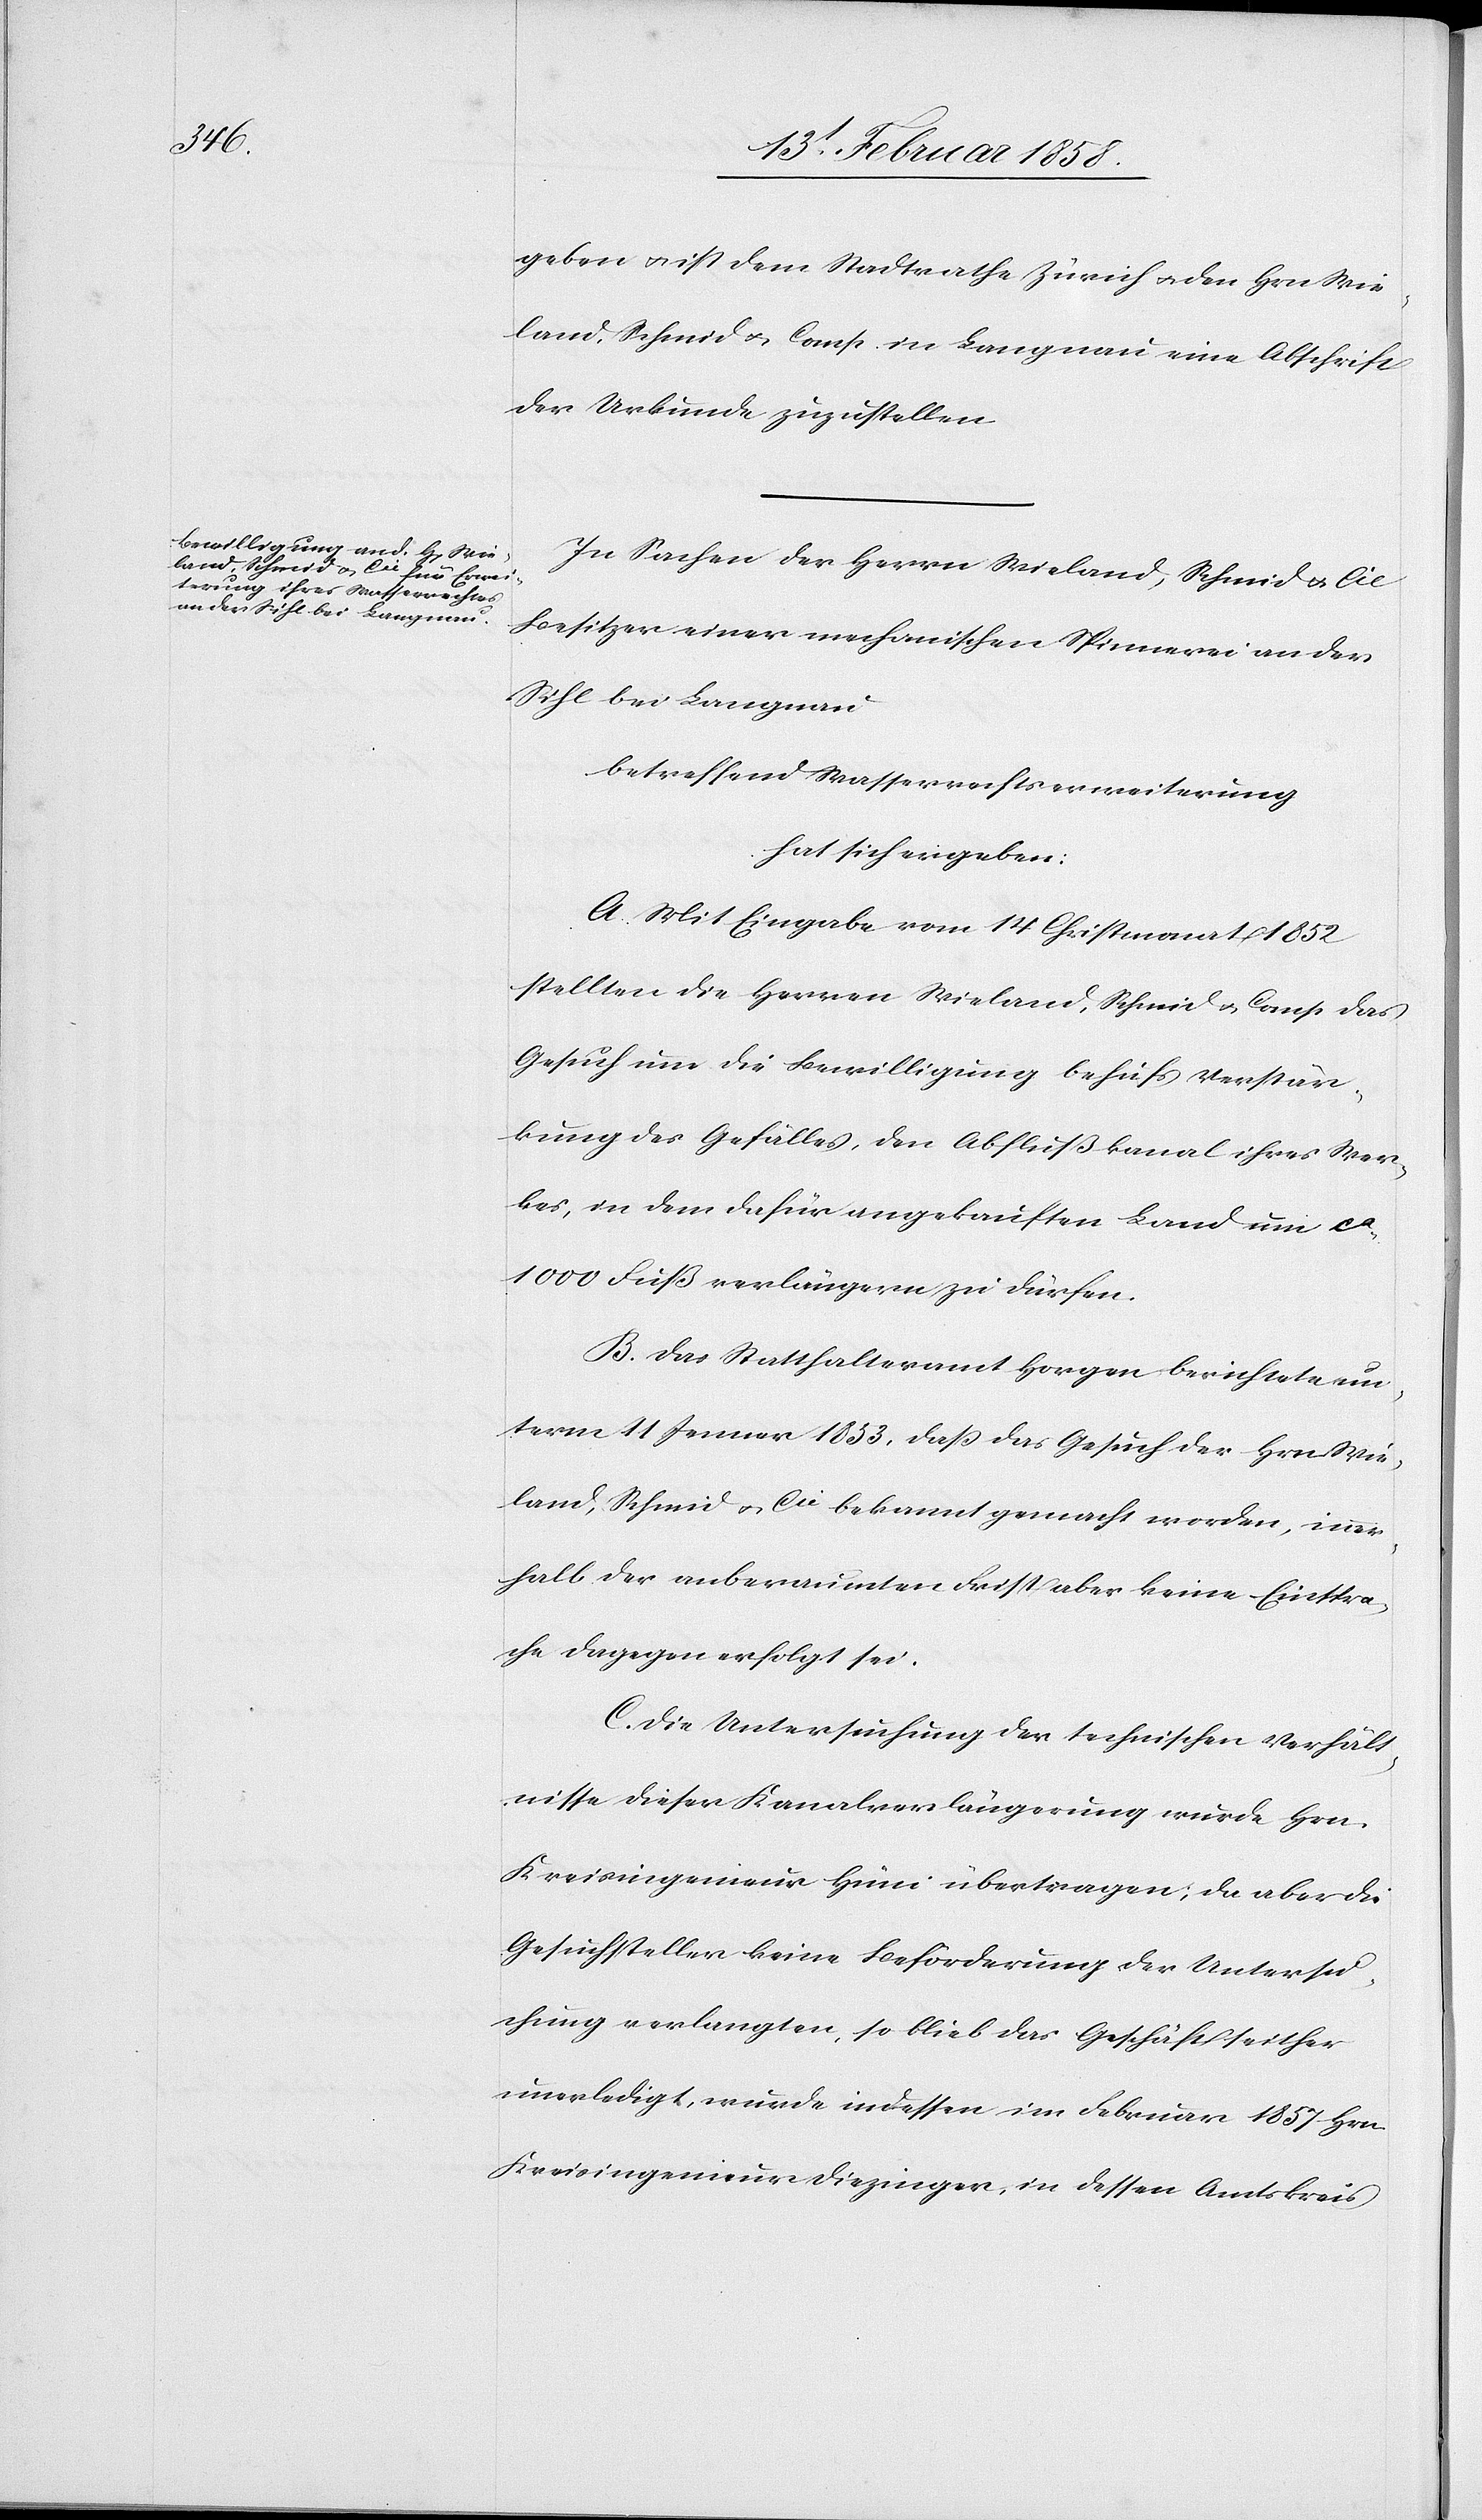
geben u. ist dem Stadtrathe Zürich u. den Hrn. Wie¬
land, Schmid u. Comp. in Langnau eine Abschrift
der Urkunde zuzustellen.
In Sachen der Herrn Wieland, Schmid & Cie
Besitzer einer mechanischen Spinnerei an der
Sihl bei Langnau
betreffend Wasserrechtserweiterung
hat sich ergeben:
A. Mit Eingabe vom 14 Christmonat 1852
stellten die Herren Wieland, Schmid & Comp. das
Gesuch um die Bewilligung behufs Verstär¬
kung des Gefälles, den Abflußkanal ihres Wer¬
kes, in dem dafür angekauften Land um ca
1000 Fuß verlängern zu dürfen.
B. Das Statthalteramt Horgen berichtet un¬
term 11 Jenner 1853, daß das Gesuch der Hrn. Wie¬
land, Schmid & Cie bekannt gemacht worden, inner¬
halb der anberaumten Frist aber keine Einspra¬
che dagegen erfolgt sei.
C. Die Untersuchung der technischen Verhält¬
nisse dieser Kanalverlängerung wurde Hrn.
Kreisingenieur Hüni übertragen; da aber die
Gesuchsteller keine Beförderung der Untersu¬
chung verlangten, so blieb das Gesuch seither
unerledigt, wurde indessen im Februar 1857 Hrn
Kreisingenieur Diezinger, in dessen Amtskreis